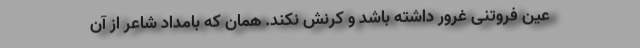
عین فروتنی غرور داشته باشد و کرنش نکند. همان که بامداد شاعر از آن